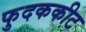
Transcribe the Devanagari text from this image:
फुदककीट